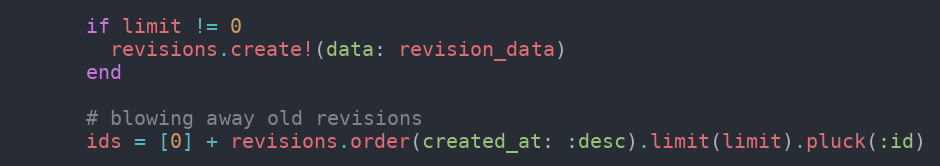
Language: Ruby
      if limit != 0
        revisions.create!(data: revision_data)
      end

      # blowing away old revisions
      ids = [0] + revisions.order(created_at: :desc).limit(limit).pluck(:id)